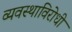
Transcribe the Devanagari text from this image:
व्यवस्थाविरोधी